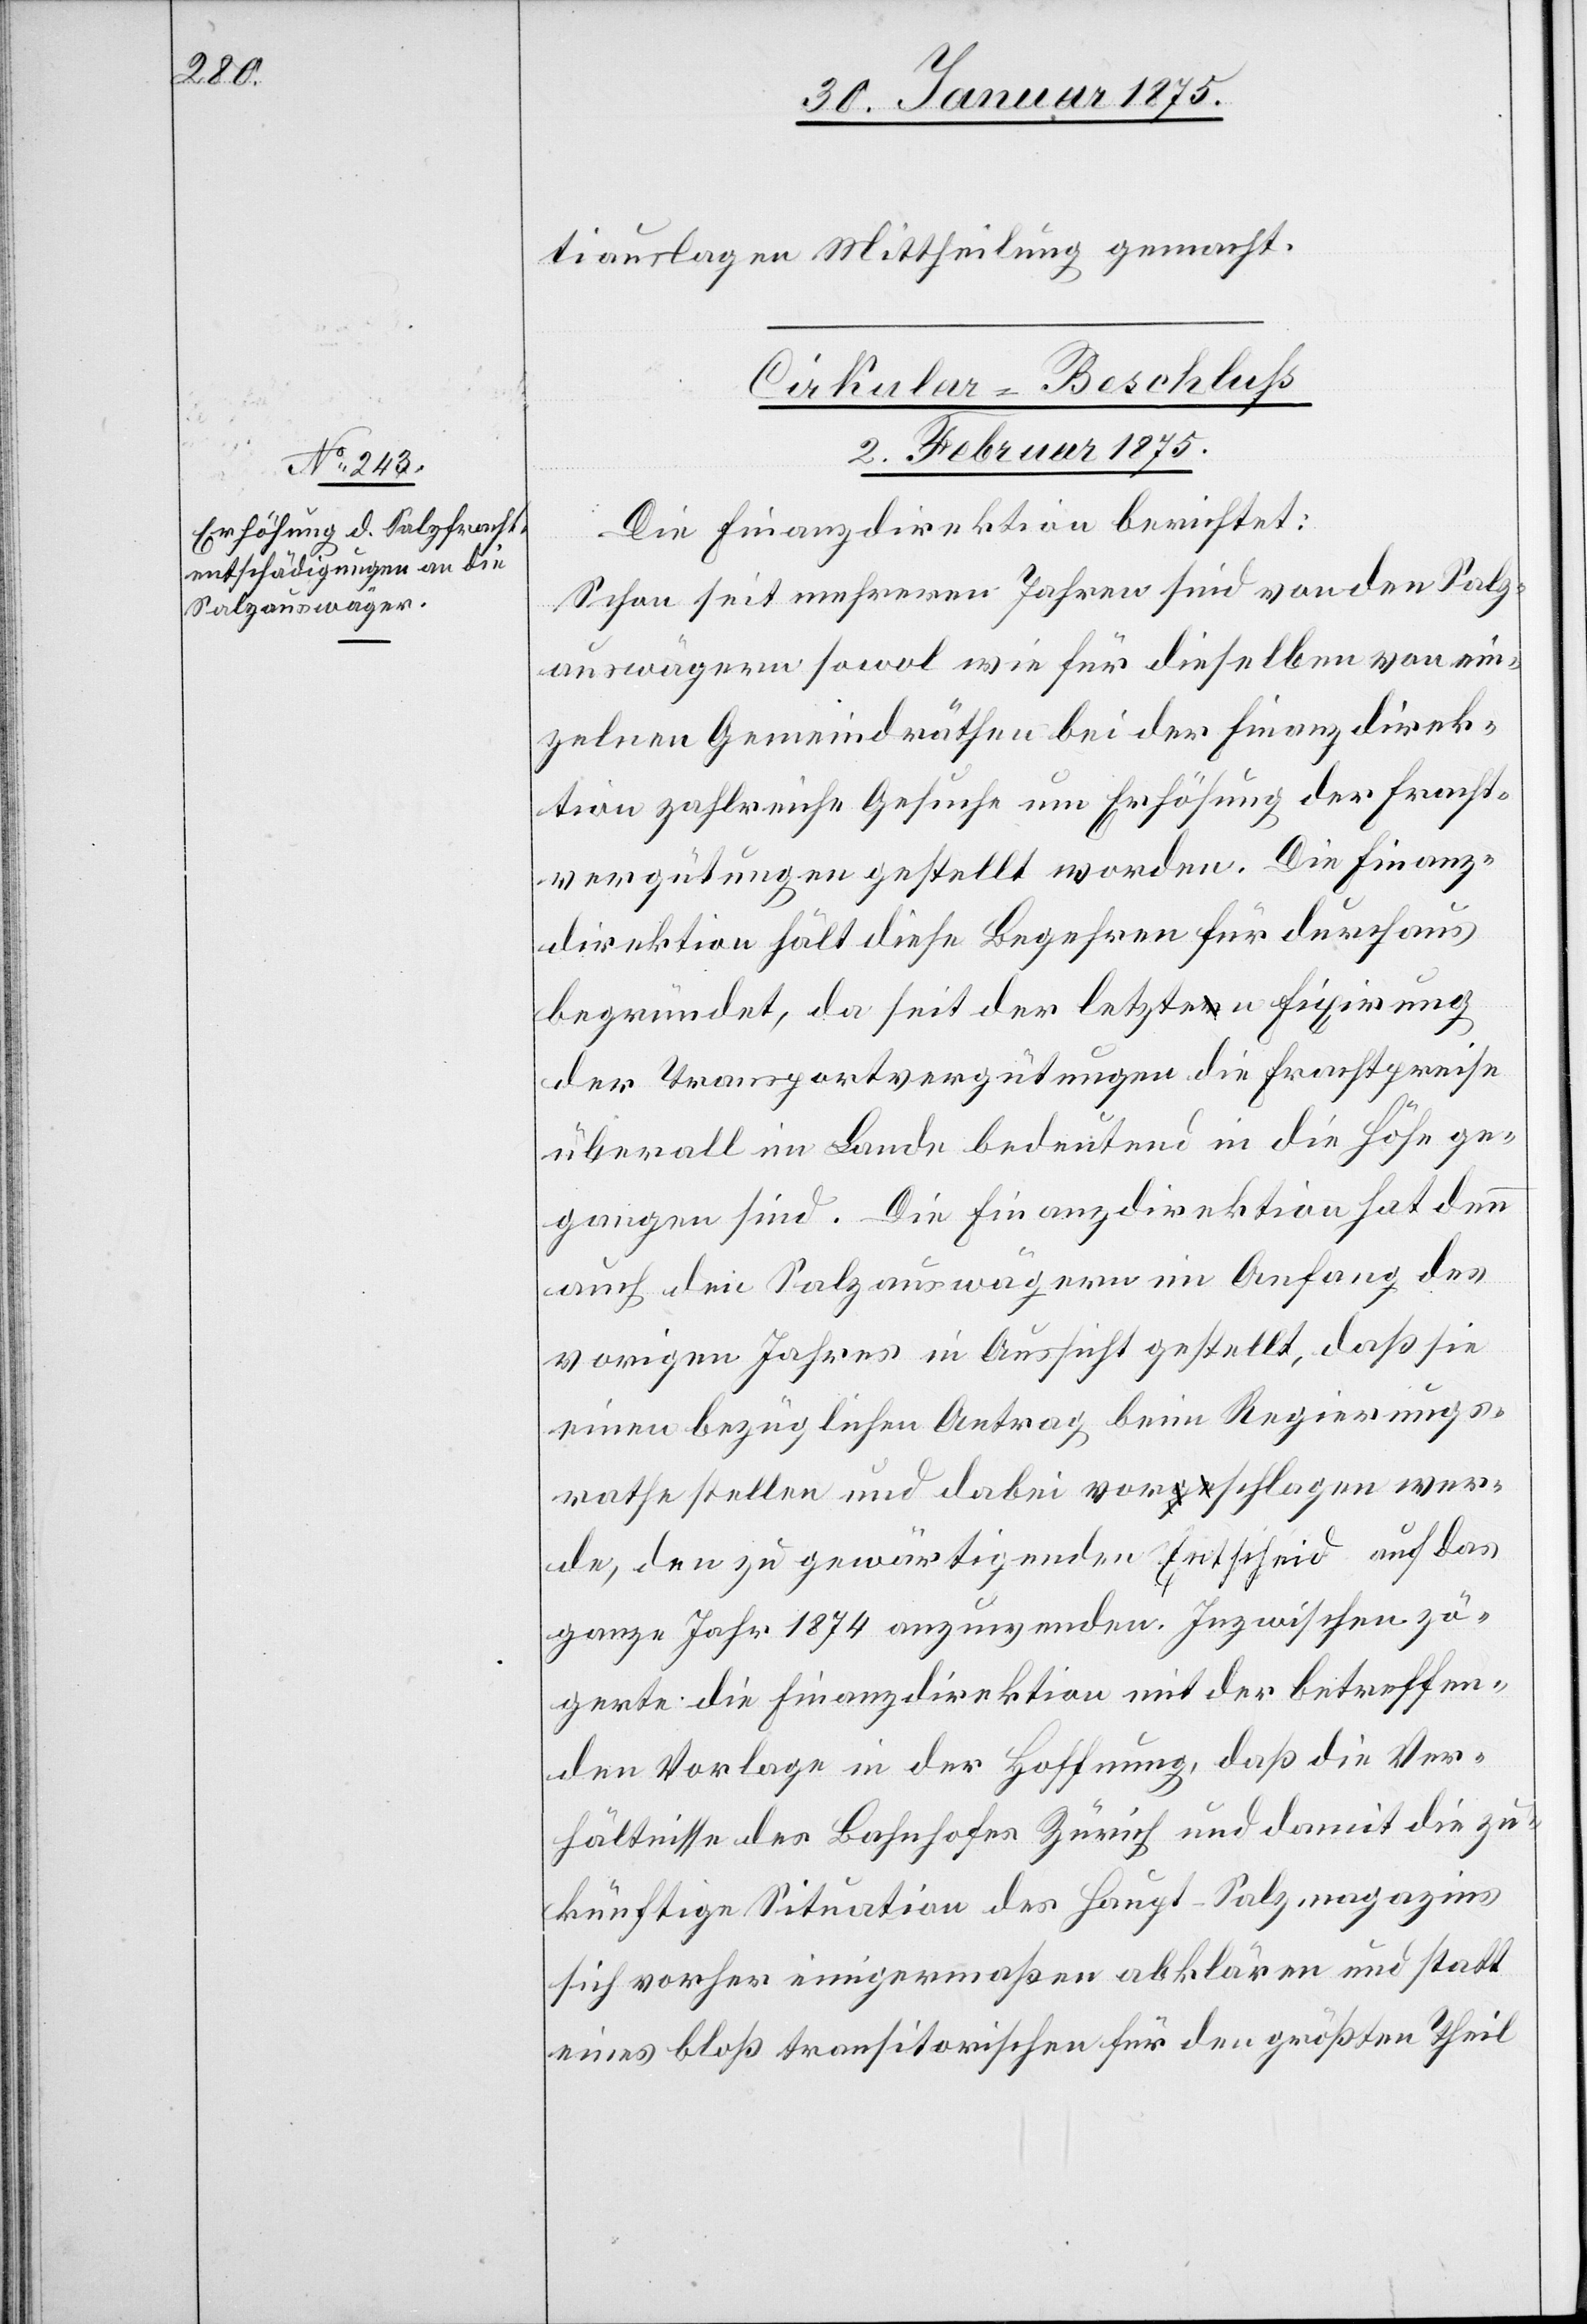
tiauslagen Mittheilung gemacht.
Cirkular-Beschluss
2. Februar 1875.
Die Finanzdirektion berichtet:
Schon seit mehreren Jahren sind von den Salz¬
auswägern sowol wie für dieselben von ein¬
zelnen Gemeindräthen bei der Finanzdirek¬
tion zahlreiche Gesuche um Erhöhung der Fracht¬
vergütungen gestellt worden. Die Finanz¬
direktion hält diese Begehren für durchaus
begründet, da seit der letzten Fixirung
der Transportvergütungen die Frachtpreise
überall im Lande bedeutend in die Höhe ge¬
gangen sind. Die Finanzdirektion hat denn
auch den Salzauswägern im Anfang des
vorigen Jahres in Aussicht gestellt, das sie
einen bezüglichen Antrag beim Regierungs¬
rathe stellen und dabei vorschlagen wer¬
de, den zu gewärtigenden Entscheid auf das
ganze Jahr 1874 anzuwenden. Inzwischen zö¬
gerte die Finanzdirektion mit der betreffen¬
den Vorlage in der Hoffnung, daß die Ver¬
hältnisse des Bahnhofes Zürich und damit die zu¬
künftige Situation des Haupt-Salzmagazins
sich vorher einigermaßen abklären und statt
eines bloß transitorischen für den größten Theil